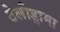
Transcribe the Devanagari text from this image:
टेलीड्रामा